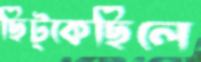
ছিট্‌কেছিলে